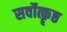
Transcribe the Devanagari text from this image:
सर्वोत्कॄष्ठ